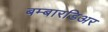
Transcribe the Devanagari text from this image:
बम्बारडिअर